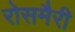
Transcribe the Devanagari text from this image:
रोसमैरी